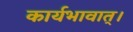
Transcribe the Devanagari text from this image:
कार्यभावात्।